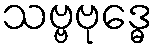
သဗ္ဗဗုဒ္ဓေ